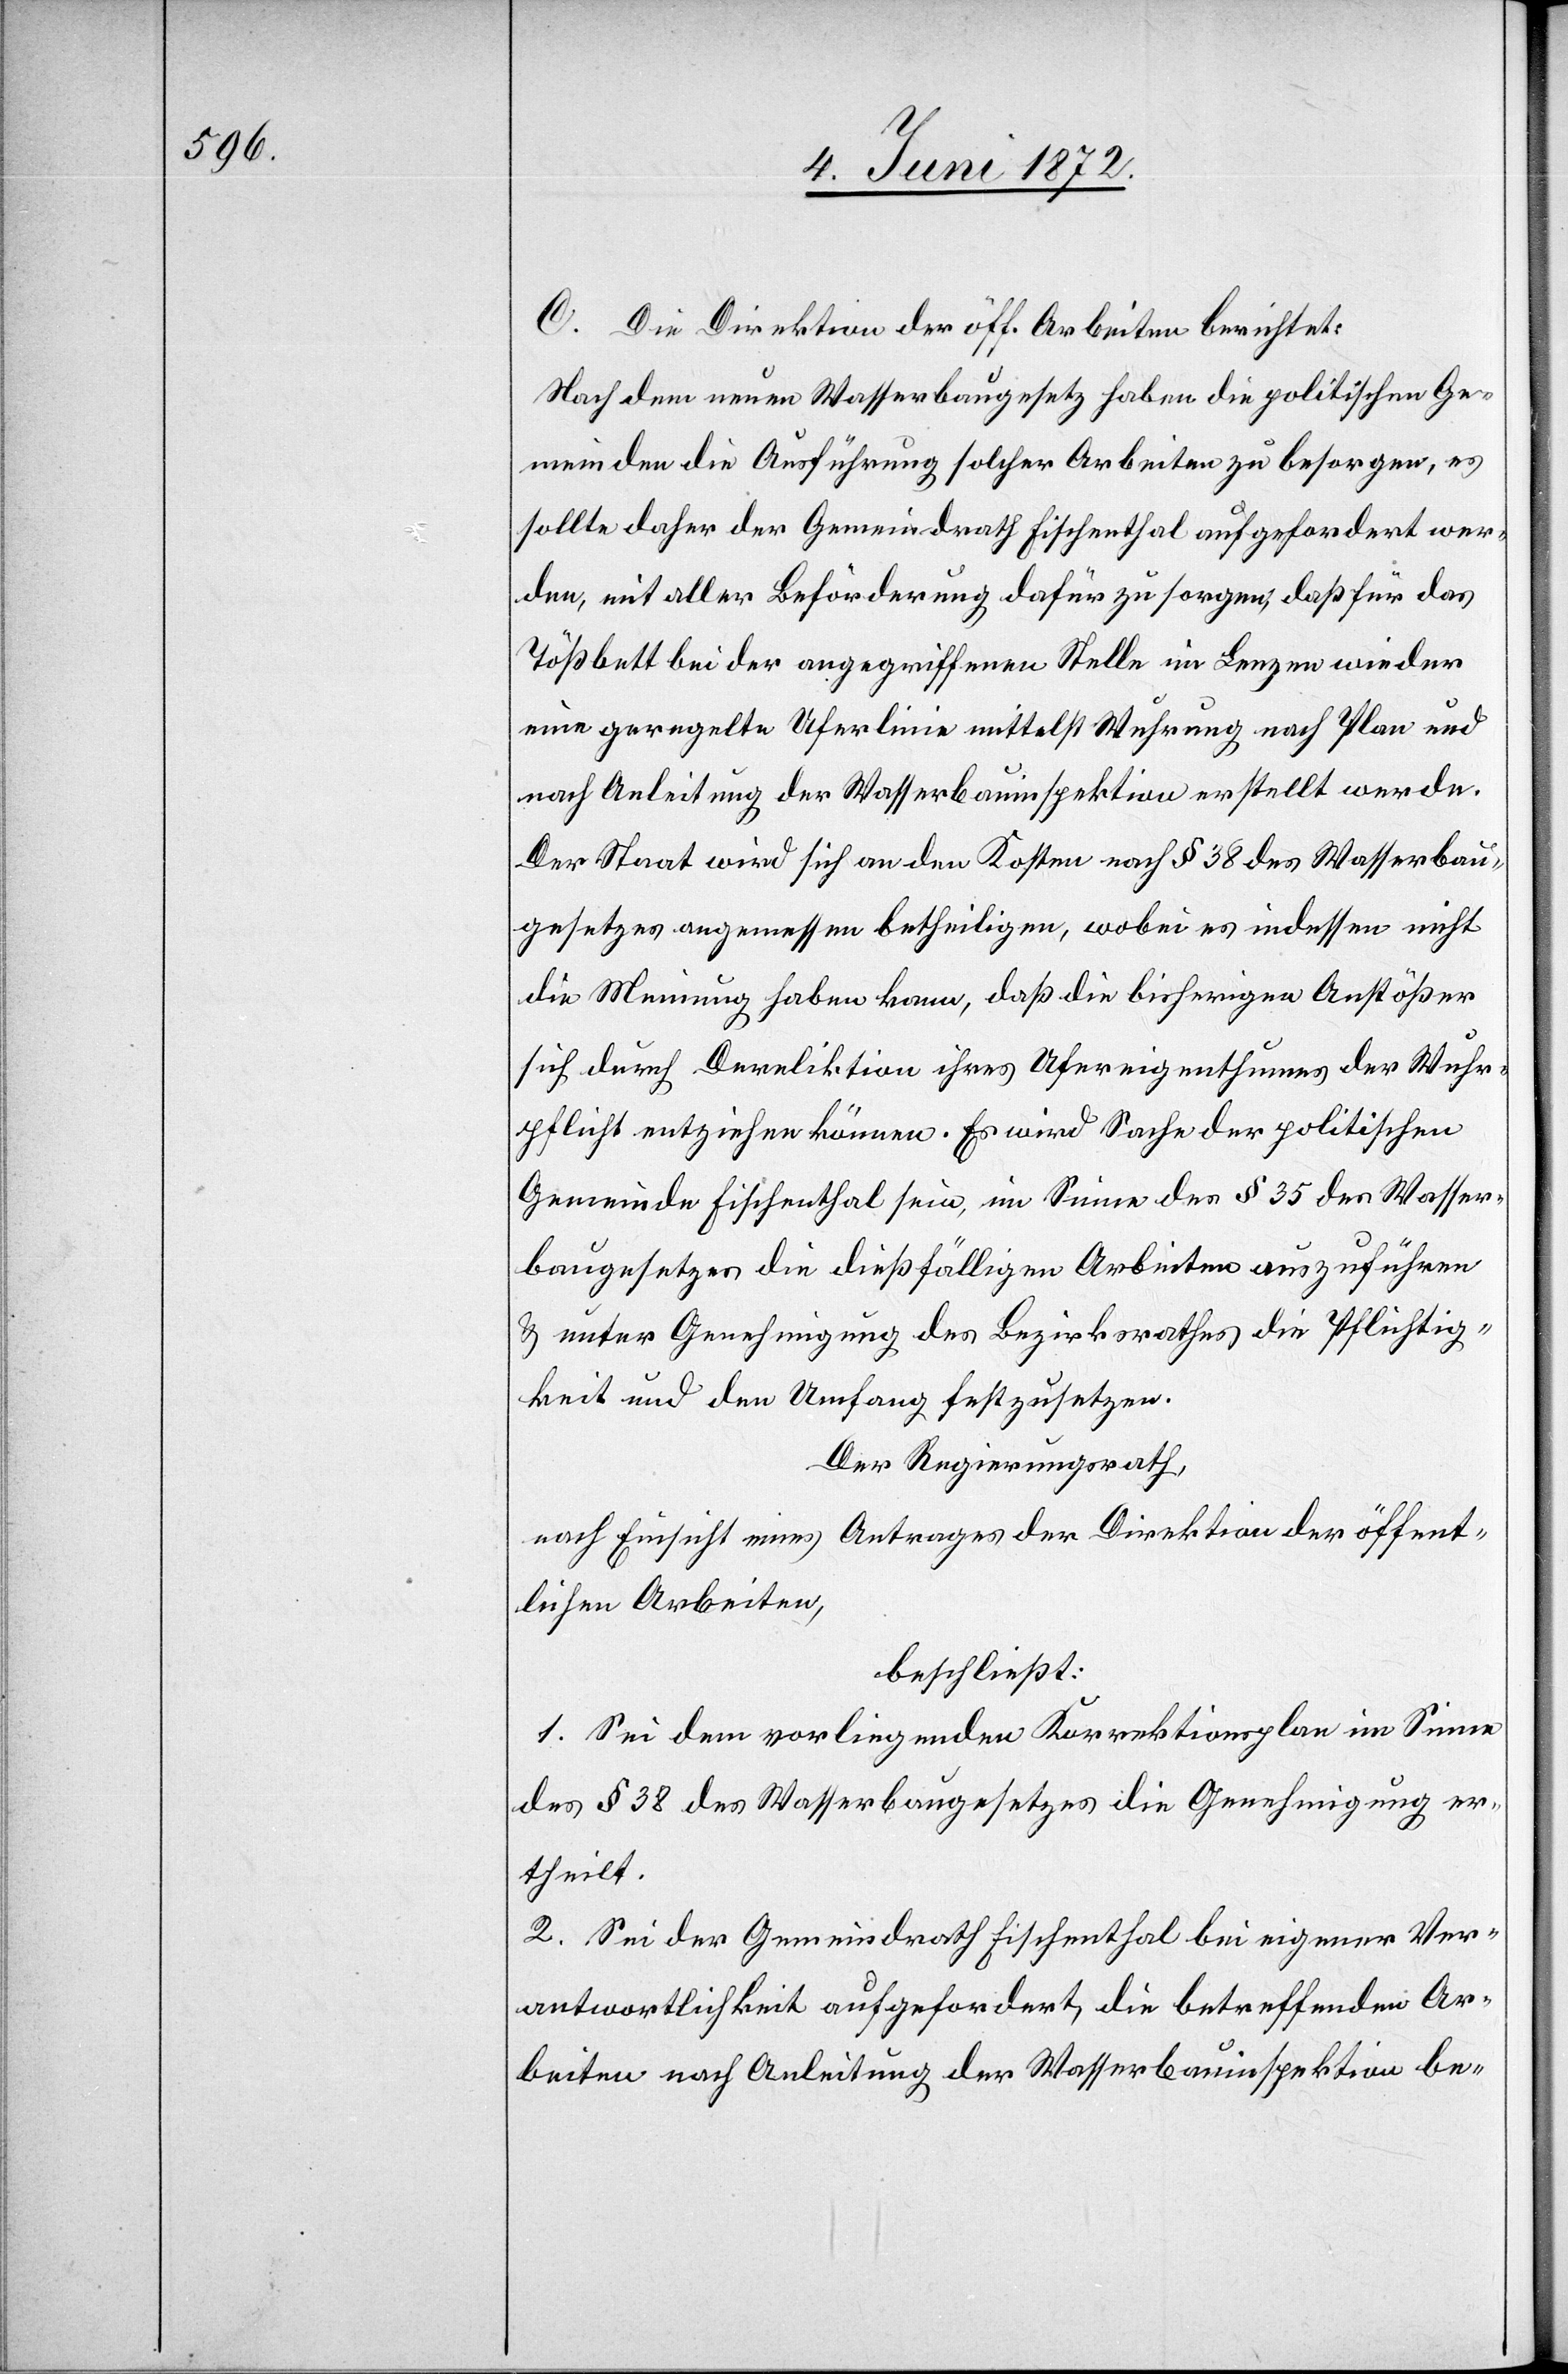
C. Die Direktion der öff. Arbeiten berichtet:
Nach dem neuen Wasserbaugesetz haben die politischen Ge¬
meinden die Ausführung solcher Arbeiten zu besorgen, es
sollte daher der Gemeindrath Fischenthal aufgefordert wer¬
den, mit aller Beförderung dafür zu sorgen, daß für das
Tößbett bei der angegriffenen Stelle im Lenzen wieder
eine geregelte Uferlinie mittelst Wuhrung nach Plan und
nach Anleitung der Wasserbauinspektion erstellt werde.
Der Staat wird sich an den Kosten nach § 38 des Wasserbau¬
gesetzes angemessen betheiligen, wobei es indessen nicht
die Meinung haben kann, daß die bisherigen Anstößer
sich durch Dereliktion ihres Ufereigenthums der Wuhr¬
pflicht entziehen können. Es wird Sache der politischen
Gemeinde Fischenthal sein, im Sinne des § 35 des Wasser¬
baugesetzes die dießfälligen Arbeiten auszuführen
u. unter Genehmigung des Bezirksrathes die Pflichtig¬
keit und den Umfang festzusetzen.
Der Regierungsrath,
nach Einsicht eines Antrages der Direktion der öffent¬
lichen Arbeiten,
beschließt:
1. Sei dem vorliegenden Korrektionsplan im Sinne
des § 38 des Wasserbaugesetzes die Genehmigung er¬
theilt.
2. Sei der Gemeindrath Fischenthal bei eigener Ver¬
antwortlichkeit aufgefordert, die betreffenden Ar¬
beiten nach Anleitung der Wasserbauinspektion be-